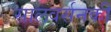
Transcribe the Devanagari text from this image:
सालवर्सनकी